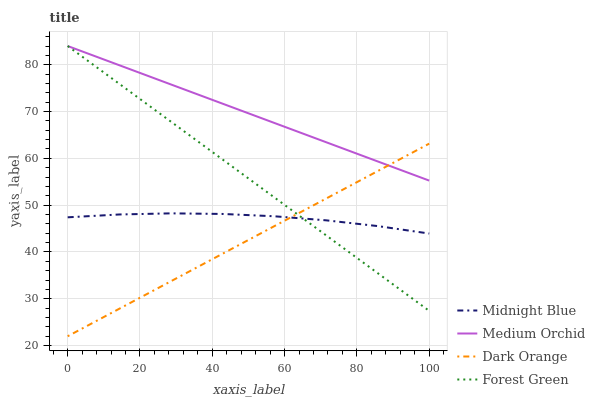
| xaxis_label | Midnight Blue | Medium Orchid | Dark Orange | Forest Green |
 | --- | --- | --- | --- | --- |
 | 0 | 47.4 | 84 | 22 | 84 |
 | 14.3 | 48 | 79.9 | 27.9 | 75.9 |
 | 28.6 | 48.3 | 75.8 | 33.8 | 67.8 |
 | 42.9 | 48.1 | 71.7 | 39.6 | 59.8 |
 | 57.1 | 47.6 | 67.6 | 45.5 | 51.7 |
 | 71.4 | 46.8 | 63.5 | 51.4 | 43.6 |
 | 85.7 | 45.5 | 59.4 | 57.3 | 35.5 |
 | 100 | 43.9 | 55.2 | 63.1 | 27.4 |